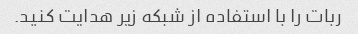
ربات را با استفاده از شبکه زیر هدایت کنید.